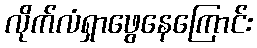
လိုက်လံရှာဖွေနေကြောင်း